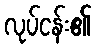
လုပ်ငန်း၏